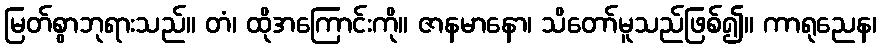
မြတ်စွာဘုရားသည်။ တံ၊ ထိုအကြောင်းကို။ ဇာနမာနော၊ သိတော်မူသည်ဖြစ်၍။ ကာရုညေန၊